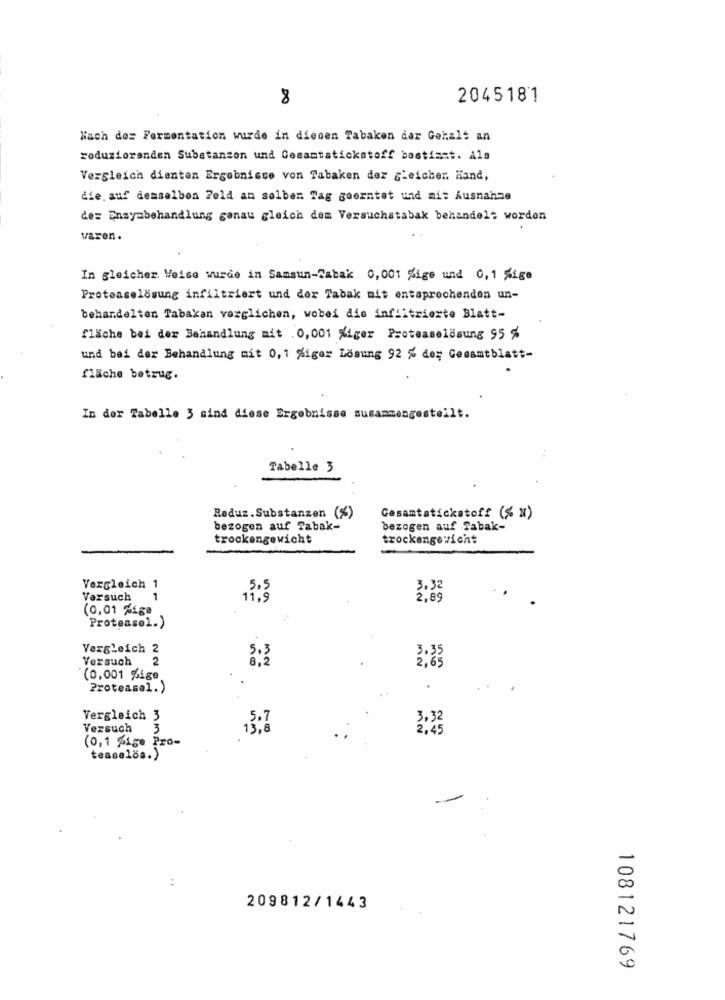
8
2045181
Nach der Fermentation wurde in diesen Tabaken der Gehalt an
roduzioranden Substanzon und Gesamtstickstoff bestimmt. Als
Vergleich dienten Ergebnisse von Tabaken der gleicher. hand,
die. auf demselben Feld am selben Tag goorntet und mit Ausnahme
der Enayabehandlung ganau gleich dem Versuchstabak behandelt worden
varen.
In gleicher Weise wurde in Samsun-Tabak 0,001 Lige und 0,1 %ige
Proteaselösung infiltriert und der Tabak mit entsprechenden un-
behandelten Tabakan verglichen, wobei die infiltrierte Blatt-
fläche bei der Behandlung mit . 0,001 %iger Proteaselösung 95 %
und bei der Behandlung mit 0,1 %iger Losung 92 % der Gesamtblatt-
fläche betrug.
In der Tabelle 3 sind diese Ergebnisse susammengestellt
Tabelle 3
Reduz.Substanzen (%)
Gesamtstickstoff (% x)
bezogen auf Tabak-
bezogen auf Tabak-
trockengewicht
trockengewicht
Vergleich 1
5.5
3,32
Versuch
1
11,9
2,89
(0,01 %ige
Proteasol.)
Vergleich 2
5.3
3.35
Versuch 2
6,2
2,65
(0,001 %ige
Proteasel.)
Vergleich 3
5.7
3.32
Versuch
3
13,8
(0,1 %ige Pro-
teaselos. )
209812/1443
108121769